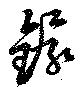
鐶